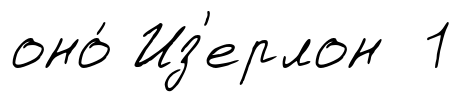
оно́ Из'ерлон 1